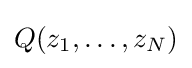
Q(z_{1},\dots ,z_{N})